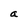
Character: a